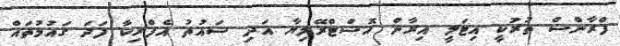
ފްރާންސް ތުރުކީ އިޓަލީ އިރާން އޮސްޓްރޭލިޔާ އަދި ސައުތު އެފްރިކާ ފަދަ ގައުމުތައް